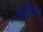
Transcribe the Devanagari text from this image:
औंन